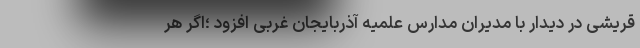
قریشی در دیدار با مدیران مدارس علمیه آذربایجان غربی افزود ؛اگر هر